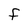
Character: F